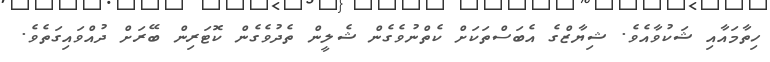
ހިތާމައާއި ޝަކުވާއެވެ. ޝިޔާޒްގެ އެބަސްތަކަށް ކެތްނުވެގެން ޝެލީން ތެދުވެގެން ކޮޓަރިން ބޭރަށް ދުއްވައިގަތެވެ.